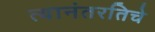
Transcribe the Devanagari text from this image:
त्यानंतरतिचे